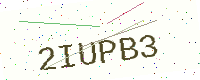
Text: 2IUPB3